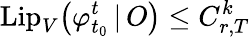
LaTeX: \mathrm{Lip}_{V}\big(\varphi_{t_{0}}^{t}\, |\, O\big)\leq C_{r,T}^{k}